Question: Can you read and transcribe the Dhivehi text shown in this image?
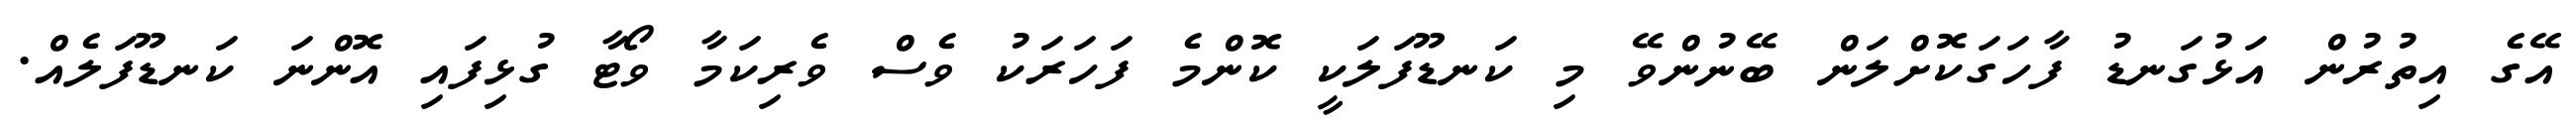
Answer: އޭގެ އިތުރުން އަޅުގަނޑު ފާހަގަކޮށްލަން ބޭނުންވޭ މި ކަނޑޫފަލަކީ ކޮންމެ ފަހަރަކު ވެސް ވެރިކަމާ ވޯޓާ ގުޅިފައި އޮންނަ ކަނޑޫފަލެއް.